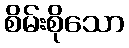
စိမ်းစိုသော